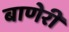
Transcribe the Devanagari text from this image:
बाणेरी